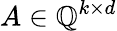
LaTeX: A\in\mathbb{Q}^{k\times d}